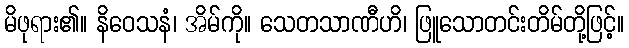
မိဖုရား၏။ နိဝေသနံ၊ အိမ်ကို။ သေတသာဏီဟိ၊ ဖြူသောတင်းတိမ်တို့ဖြင့်။